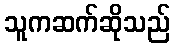
သူကဆက်ဆိုသည်